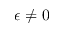
\epsilon \neq 0